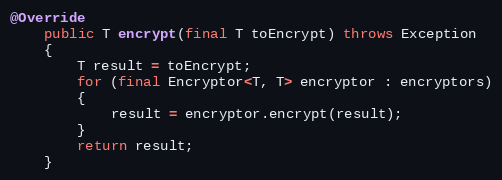
Language: Java
@Override
	public T encrypt(final T toEncrypt) throws Exception
	{
		T result = toEncrypt;
		for (final Encryptor<T, T> encryptor : encryptors)
		{
			result = encryptor.encrypt(result);
		}
		return result;
	}